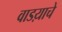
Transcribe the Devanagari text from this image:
वाडय़ाचे